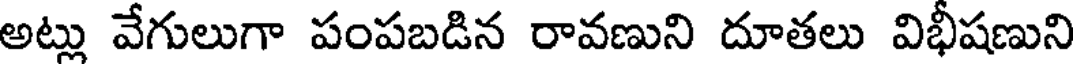
అట్లు వేగులుగా పంపబడిన రావణుని దూతలు విభీషణుని